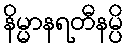
နိမ္မာနရတီနမ္ပိ